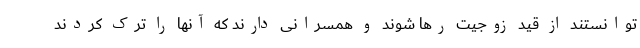
توانستند از قید زوجیت رها شوند و همسرانی دارند که آنها را ترک کردند